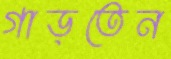
গাড়তেন